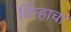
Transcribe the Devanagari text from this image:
चिंन्हाचा